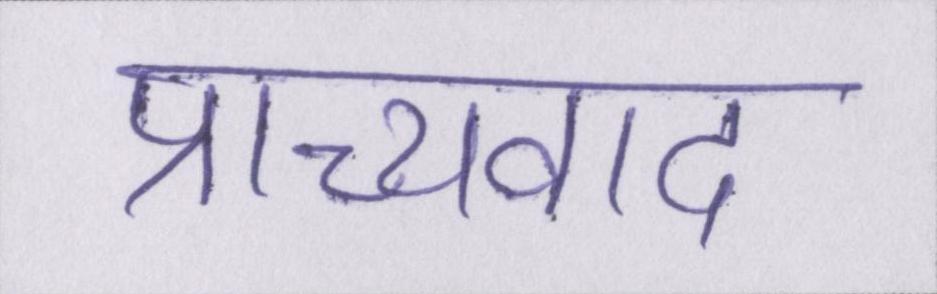
प्राच्यवाद